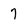
Character: 7